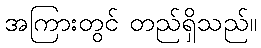
အကြားတွင် တည်ရှိသည်။